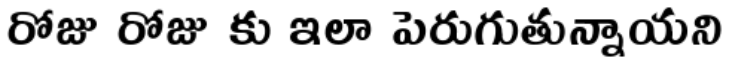
రోజు రోజు కు ఇలా పెరుగుతున్నాయని